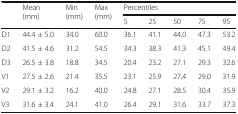
<table><thead><tr><td rowspan="2"></td><td rowspan="2"><b>Mean (mm)</b></td><td rowspan="2"><b>Min (mm)</b></td><td rowspan="2"><b>Max (mm)</b></td><td colspan="5"><b>Percentiles</b></td></tr><tr><td><b>5</b></td><td><b>25</b></td><td><b>50</b></td><td><b>75</b></td><td><b>95</b></td></tr></thead><tbody><tr><td>D1</td><td>44.4 ± 5.0</td><td>34.0</td><td>60.0</td><td>36.1</td><td>41.1</td><td>44.0</td><td>47.3</td><td>53.2</td></tr><tr><td>D2</td><td>41.5 ± 4.6</td><td>31.2</td><td>54.5</td><td>34.3</td><td>38.3</td><td>41.3</td><td>45.1</td><td>49.4</td></tr><tr><td>D3</td><td>26.5 ± 3.8</td><td>18.8</td><td>34.5</td><td>20.4</td><td>23.2</td><td>27.1</td><td>29.3</td><td>32.6</td></tr><tr><td>V1</td><td>27.5 ± 2.6</td><td>21.4</td><td>35.5</td><td>23.1</td><td>25.9</td><td>27.4</td><td>29.0</td><td>31.9</td></tr><tr><td>V2</td><td>29.1 ± 3.2</td><td>16.2</td><td>40.0</td><td>24.8</td><td>27.1</td><td>28.5</td><td>30.4</td><td>35.9</td></tr><tr><td>V3</td><td>31.6 ± 3.4</td><td>24.1</td><td>41.0</td><td>26.4</td><td>29.1</td><td>31.6</td><td>33.7</td><td>37.3</td></tr></tbody></table>